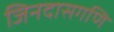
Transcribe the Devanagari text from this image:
जिनदासगणि